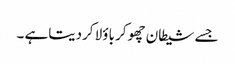
جسے شیطان چھوکر باؤلا کردیتاہے ۔